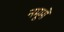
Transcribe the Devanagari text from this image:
नमूमों